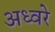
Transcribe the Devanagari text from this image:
अध्वरे